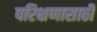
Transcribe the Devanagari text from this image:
परिक्षणासाठी